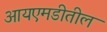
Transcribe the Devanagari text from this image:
आयएमडीतील